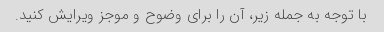
با توجه به جمله زیر، آن را برای وضوح و موجز ویرایش کنید.